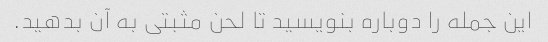
این جمله را دوباره بنویسید تا لحن مثبتی به آن بدهید.